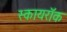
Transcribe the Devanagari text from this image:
स्कायरॉक